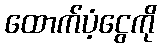
ထောက်ပံ့ငွေကို